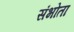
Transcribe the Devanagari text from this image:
संभोता